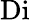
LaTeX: \mathrm{Di}